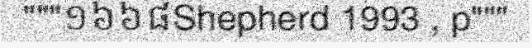
"""១៦៦៨Shepherd 1993 , p"""